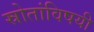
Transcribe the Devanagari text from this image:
स्रोतांविषयी